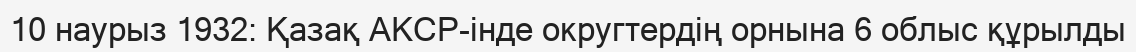
10 наурыз 1932: Қазақ АКСР-інде округтердің орнына 6 облыс құрылды